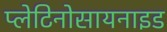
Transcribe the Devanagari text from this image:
प्लेटिनोसायनाइड